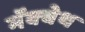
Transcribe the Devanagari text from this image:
मॅक्बेथ